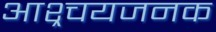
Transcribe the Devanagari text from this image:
आश्र्चयजनक